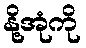
နို့အုံကို